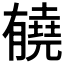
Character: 𰗏